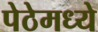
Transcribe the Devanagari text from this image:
पेठेमध्ये